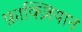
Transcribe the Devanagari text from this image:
फ़ाक्ज़ियान